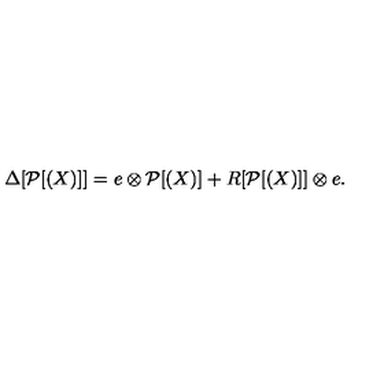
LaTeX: \Delta [ \mathcal { P } [ ( X ) ] ] = e \otimes \mathcal { P } [ ( X ) ] + R [ \mathcal { P } [ ( X ) ] ] \otimes e .